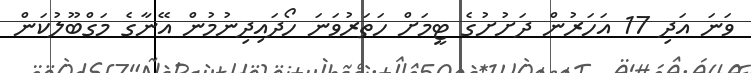
ވަނަ އަދި 17 އަހަރުން ދަށުށުގެ ޓީމަށް ހަތަރުވަނަ ހޯދައިދިނުމުން އޭނާގެ މަގްބޫލުކަން